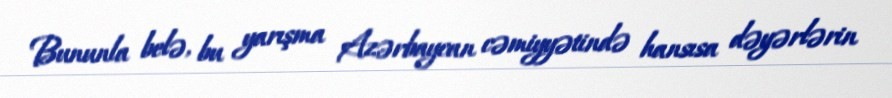
Bununla belə, bu yarışma Azərbaycan cəmiyyətində hansısa dəyərlərin